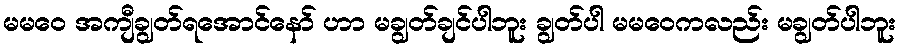
မမဝေ အကျီချွတ်ရအောင်နော် ဟာ မချွတ်ချင်ပါဘူး ချွတ်ပါ မမဝေကလည်း မချွတ်ပါဘူး